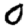
Digit: 0